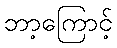
ဘာ့ကြောင့်